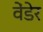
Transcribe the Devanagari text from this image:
वेंडेर